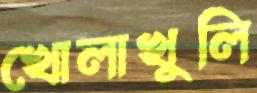
খোলাখুলি